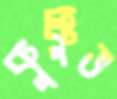
কুক্কুভ